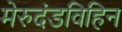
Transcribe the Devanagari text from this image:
मेरुदंडविहिन